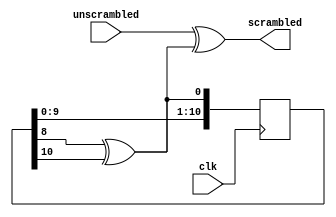
module scramble (
	input clk,
	input unscrambled,
	output reg scrambled
);

	reg lfsr_next;
	reg [10:0] lfsr;
	initial lfsr = 11'h7ff;

	always @(*) begin
		lfsr_next = lfsr[8] ^ lfsr[10];
		scrambled = unscrambled ^ lfsr_next;
	end

	always @(posedge clk)
		lfsr <= { lfsr[9:0], lfsr_next };

endmodule